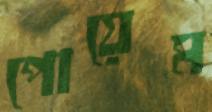
পোয়েম